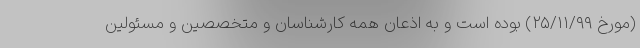
(مورخ ۲۵/۱۱/۹۹) بوده است و به اذعان همه کارشناسان و متخصصین و مسئولین